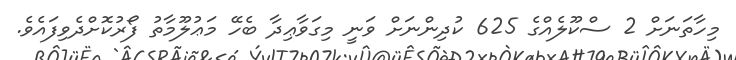
މިހާތަނަށް 2 ސްކޫލެއްގެ 625 ކުދިންނަށް ވަނީ މިގަވާޢިދާ ބެހޭ މަޢުލޫމާތު ފޯރުކޮށްދެވިފައެވެ.